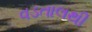
વડતાલથી